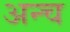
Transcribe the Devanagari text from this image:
अन्च